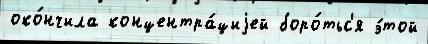
око́нчила концентра́циjей боро́тьс'я э́той